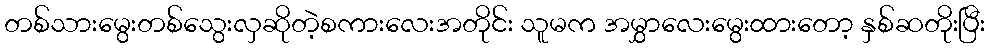
တစ်သားမွေးတစ်သွေးလှဆိုတဲ့စကားလေးအတိုင်း သူမက အမွှာလေးမွေးထားတော့ နှစ်ဆတိုးပြီး